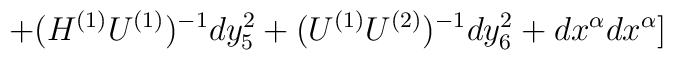
+(H^{(1)}U^{(1)})^{-1}dy_5^2+(U^{(1)}U^{(2)})^{-1}dy_6^2+dx^{\alpha}dx^{\alpha}]